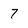
Character: 7